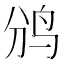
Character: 𱉑